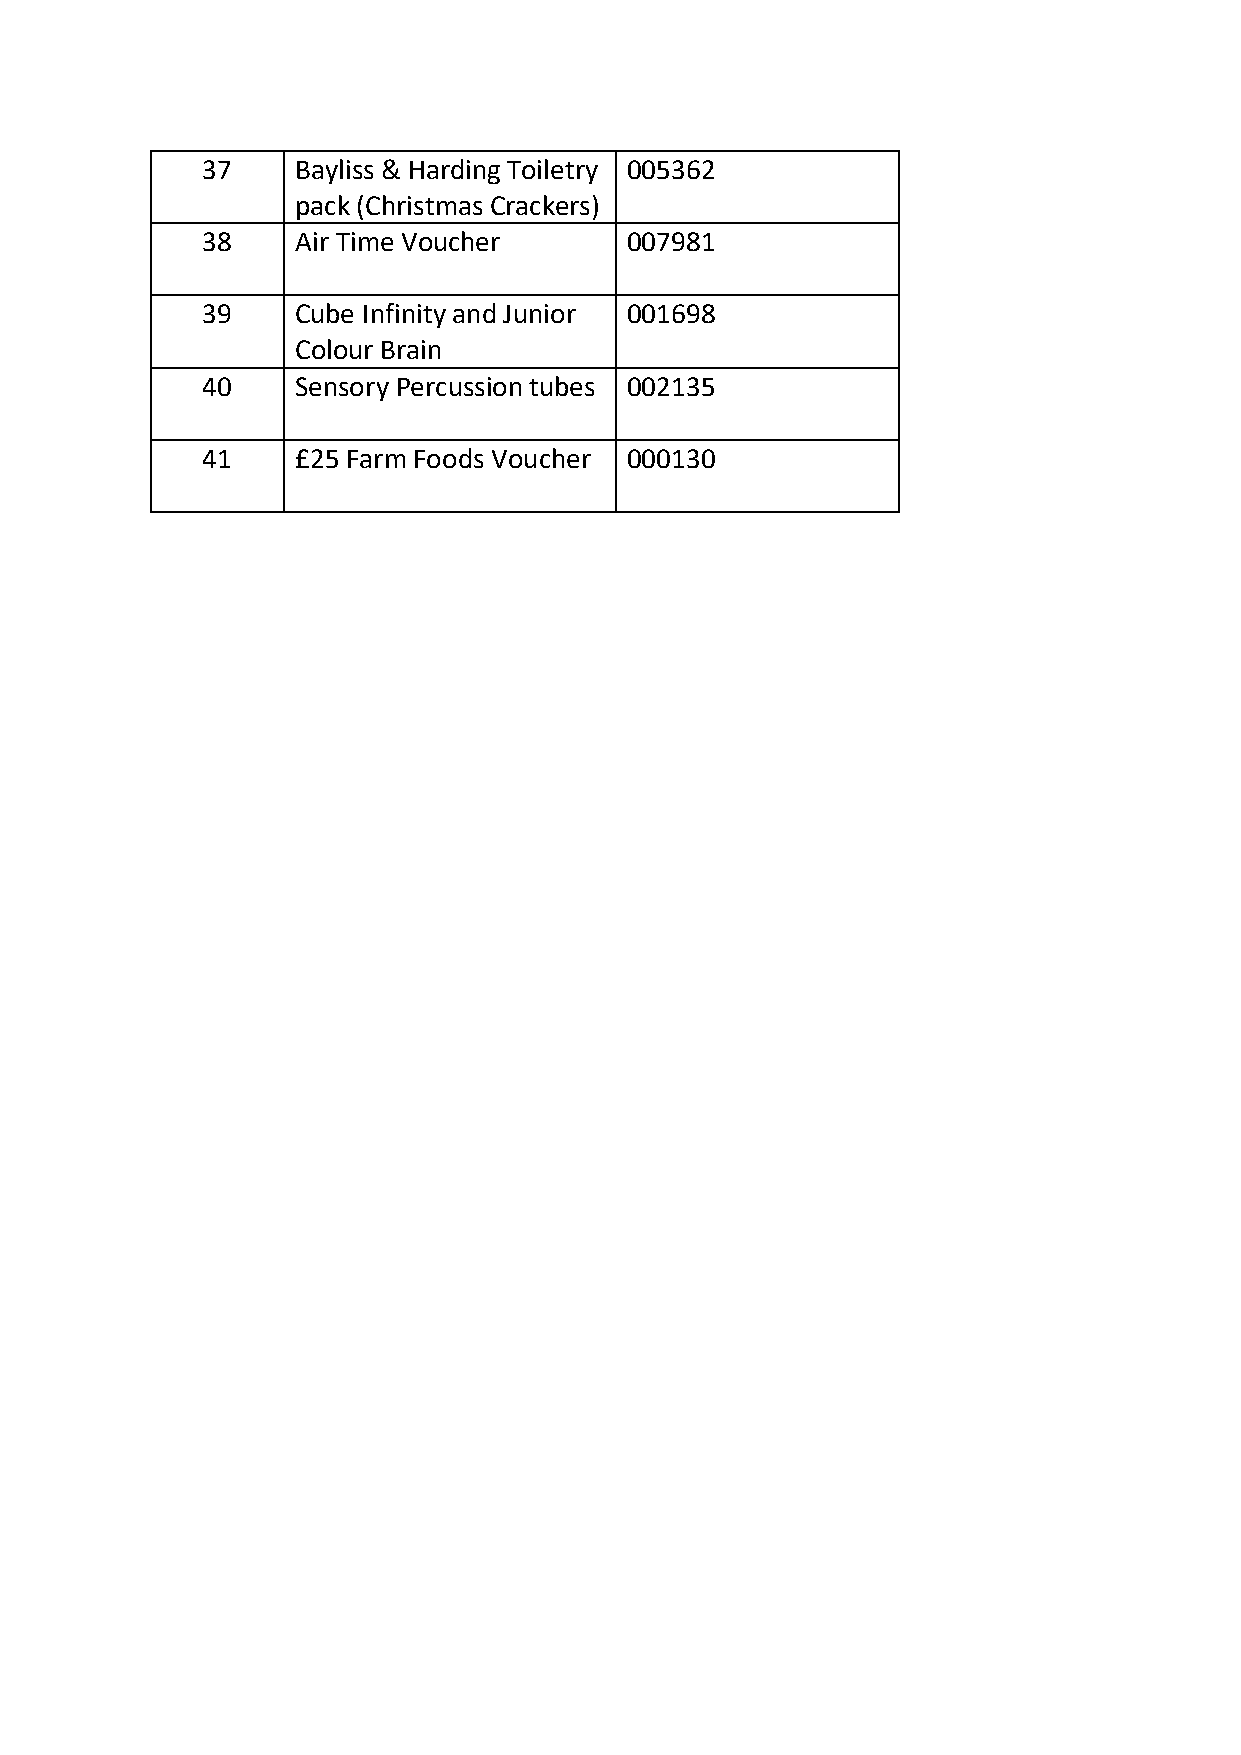
37     Bayliss & Harding Toiletry 005362
 pack (Christmas Crackers)
 38     Air Time Voucher     0 0 7 9 8 1
 39     Cube Infinity and Junior 001698
 Colour Brain
 40     Sensory Percussion tubes 002135
 41     £25 Farm Foods Voucher 000130